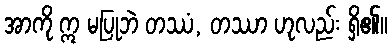
အာကို ဣ မပြုဘဲ တဿံ, တဿာ ဟုလည်း ရှိ၏။